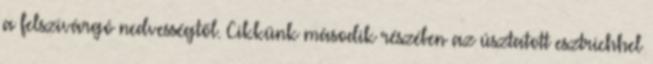
a felszivárgó nedvességtől. Cikkünk második részében az úsztatott esztrichhel